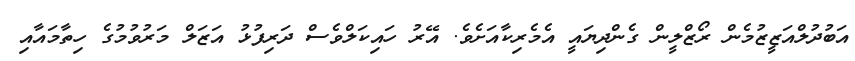
އަބުދުލްއަޒީޒުމެން ރޯޒްލީން ގެންދިޔައީ އެމެރިކާއަށެވެ. އޭރު ހައިކަލްވެސް ދަރިފުޅު އަޒަލް މަރުވުމުގެ ހިތާމައާއި